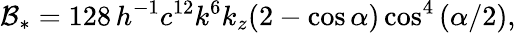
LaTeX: \mathcal{B}_{*}=128\, h^{-1}c^{12}k^{6}k_{z}(2-\cos\alpha)\cos^{4}\left(\alpha/2\right),